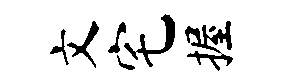
文宅握